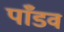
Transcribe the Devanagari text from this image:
पाँडव